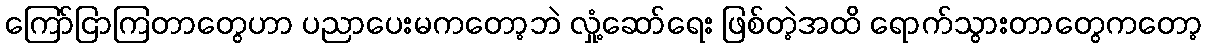
ကြော်ငြာကြတာတွေဟာ ပညာပေးမကတော့ဘဲ လှုံ့ဆော်ရေး ဖြစ်တဲ့အထိ ရောက်သွားတာတွေကတော့